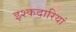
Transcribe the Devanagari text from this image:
इश्कदारियां